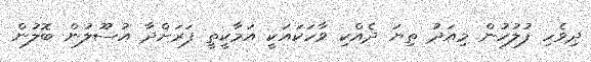
ދިވެހި ފުލުހުން މިއަދު ތިޔަ ދެއްކި ވާހަކައަކީ އަމާކީތީ ފަރަށްދާ އުސޫލުން ބޮލުން